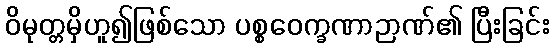
ဝိမုတ္တမှိဟူ၍ဖြစ်သော ပစ္စဝေက္ခဏာဉာဏ်၏ ပြီးခြင်း